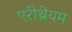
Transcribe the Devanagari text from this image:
एरीथ्रेयम